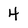
Character: 4